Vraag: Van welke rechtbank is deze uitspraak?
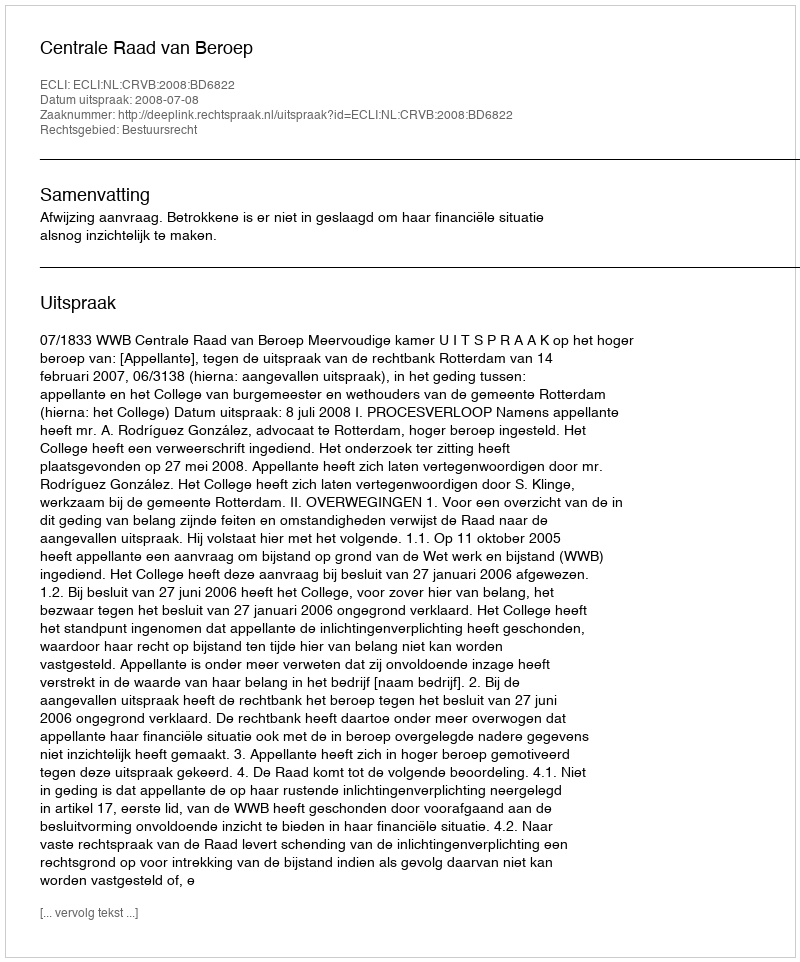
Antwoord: Centrale Raad van Beroep